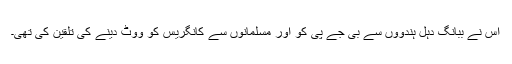
اس نے ببانگ دہل ہندووں سے بی جے پی کو اور مسلمانوں سے کانگریس کو ووٹ دینے کی تلقین کی تھی۔